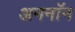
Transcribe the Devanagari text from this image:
अननाॅन